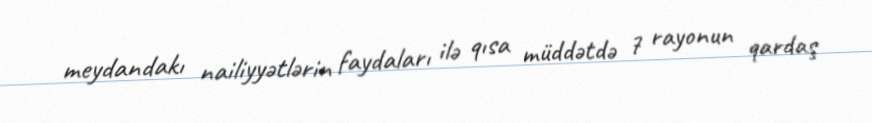
meydandakı nailiyyətlərin faydaları ilə qısa müddətdə 7 rayonun qardaş